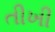
તીખી